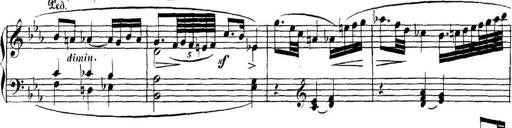
Title: Collected Piano Sonatas
Composer: Muzio Clementi